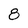
Character: 0